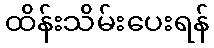
ထိန်းသိမ်းပေးရန်